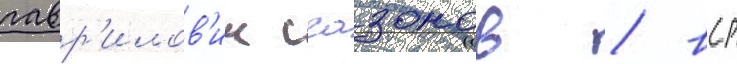
гавр'илов'ич сазонов / вср